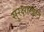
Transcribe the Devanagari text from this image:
सुरक्षाखाते